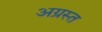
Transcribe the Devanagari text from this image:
अग्रस्त